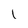
Character: l